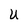
Character: U